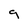
Character: 9